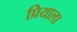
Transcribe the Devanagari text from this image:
प्रियाला